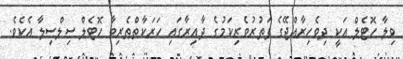
ވިލާ ހޮޓެލް އަކީ ދިވެހިރާއްޖޭގެ ފަތުރުވެރިކަމުގެ ދާއިރާގައި ހަރަކާތްތެރިވާ ހޮޓެލް ސިލްސިލާ އެކެވެ.